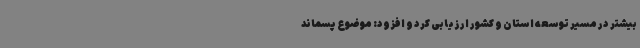
بیشتر در مسیر توسعه استان و کشور ارزیابی کرد و افزود: موضوع پسماند